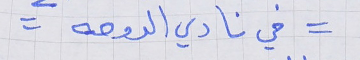
= في نادي الدوحه =